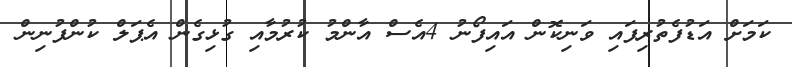
ކަމަށް އަޑުފެތުރިފައި ވަނިކޮން އައިފޯނު 4އެސް އާންމު ކުރުމާއި ގުޅިގެން އެޕަލް ކުންފުނިން